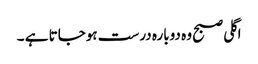
اگلی صبح وہ دوبارہ درست ہوجاتا ہے ۔